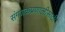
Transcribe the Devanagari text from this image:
संगणकप्रणालीसाठी